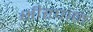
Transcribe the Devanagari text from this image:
क्षीरपान